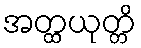
အတ္ထယုတ္တိ